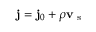
\ensuremath { \mathbf { j } } = \ensuremath { \mathbf { j } _ { 0 } } + \rho \ensuremath { \mathbf { v } _ { \mathrm { ~ s ~ } } }